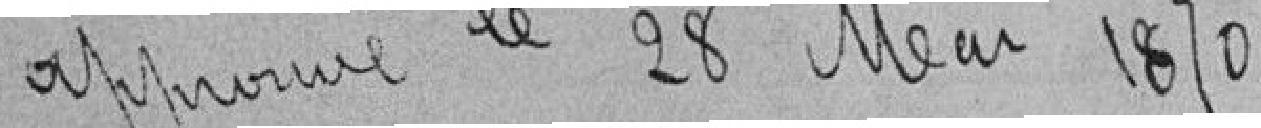
approuvé le 28 Mai 1870